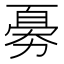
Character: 𠢘